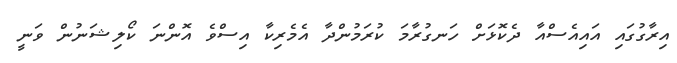
އިރާގުގައި އައިއެސްއާ ދެކޮޅަށް ހަނގުރާމަ ކުރަމުންދާ އެމެރިކާ އިސްވެ އޮންނަ ކޯލިޝަނުން ވަނީ